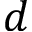
d